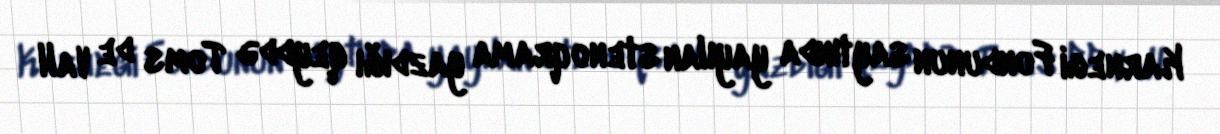
Karnegi Fondunun saytında yayılan stenoqrama yazdığı qeyddə Toms de Vall